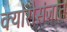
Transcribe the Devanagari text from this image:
क्योरोसंजात